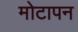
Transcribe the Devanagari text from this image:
मोटापन